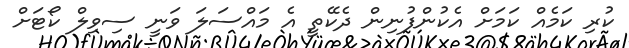
ކުރި ކަމެއް ކަމަށް އެކުންފުނިން ދެކޭތީ އެ މައްސަލަ ވަނީ ސިވިލް ކޯޓަށް